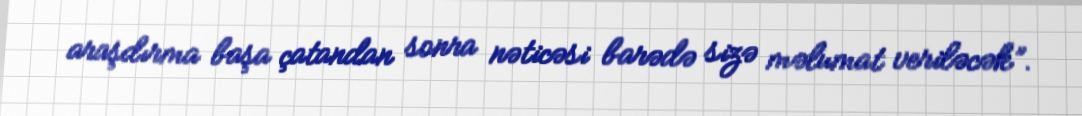
araşdırma başa çatandan sonra nəticəsi barədə sizə məlumat veriləcək”.